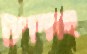
টপস্সহ